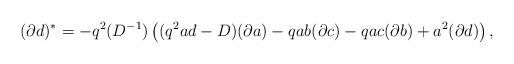
LaTeX: \begin{align*}(\partial d)^{*}=-q^2(D^{-1})\left((q^2ad-D)(\partial a)-qab(\partial c)-qac(\partial b)+a^2(\partial d)\right), \end{align*}